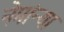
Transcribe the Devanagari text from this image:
नेमांन्या